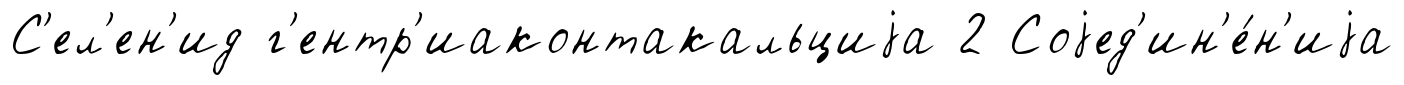
С'ел'ен'ид г'ентр'иаконтакальциjа 2 Соjед'ин'е́н'иjа